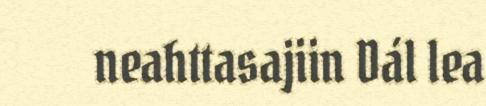
neahttasajiin Dál lea